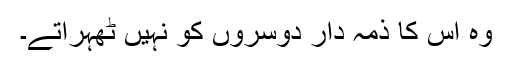
وہ اس کا ذمہ دار دوسروں کو نہیں ٹھہراتے۔